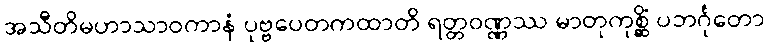
အသီတိမဟာသာဝကာနံ ပုဗ္ဗပေတကထာတိ ရတ္တဝဏ္ဏဿ မာတုကုစ္ဆိံ ပဘင်္ဂုတော